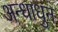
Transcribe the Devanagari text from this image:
अन्धाधुन